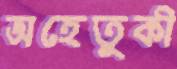
অহেতুকী